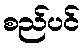
စည်ပင်